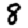
Digit: 8